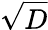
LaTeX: \sqrt{D}